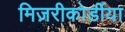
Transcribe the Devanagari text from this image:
मिज़रीकोर्डीया